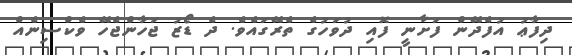
ދިފާޢު އުފެދޭން ފަށާނީ ފޮއި ދުވަހުގެ ތެރޭގައެވެ. ދެ ޑޯޒު ޖަހާންޖެހޭ ވެކްސިނެއް